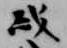
或